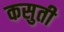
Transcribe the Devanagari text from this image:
कसुती